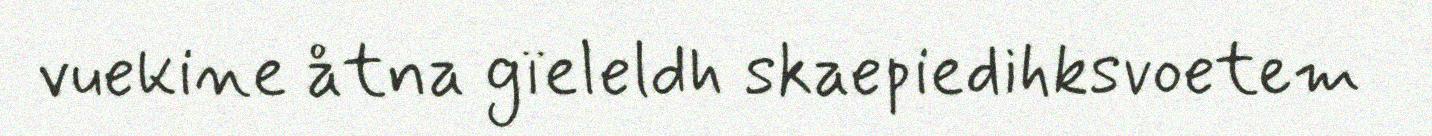
vuekine åtna gïeleldh skaepiedihksvoetem